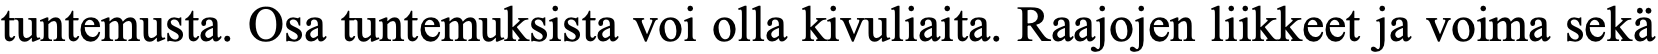
tuntemusta. Osa tuntemuksista voi olla kivuliaita. Raajojen liikkeet ja voima sekä